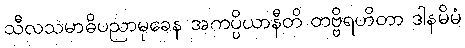
သီလသမာဓိပညာမုခေန အကပ္ပိယာနီတိ တဗ္ဗိရဟိတာ ဒါနမိမံ